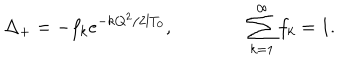
\Delta _ { + } = - f _ { k } e ^ { - k { \bf Q } ^ { 2 } / 2 l T _ { 0 } } , \qquad \qquad \sum _ { k = 1 } ^ { \infty } f _ { k } = 1 .